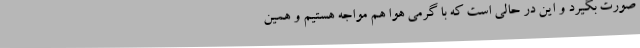
صورت بگیرد و این در حالی است که با گرمی هوا هم مواجه هستیم و همین